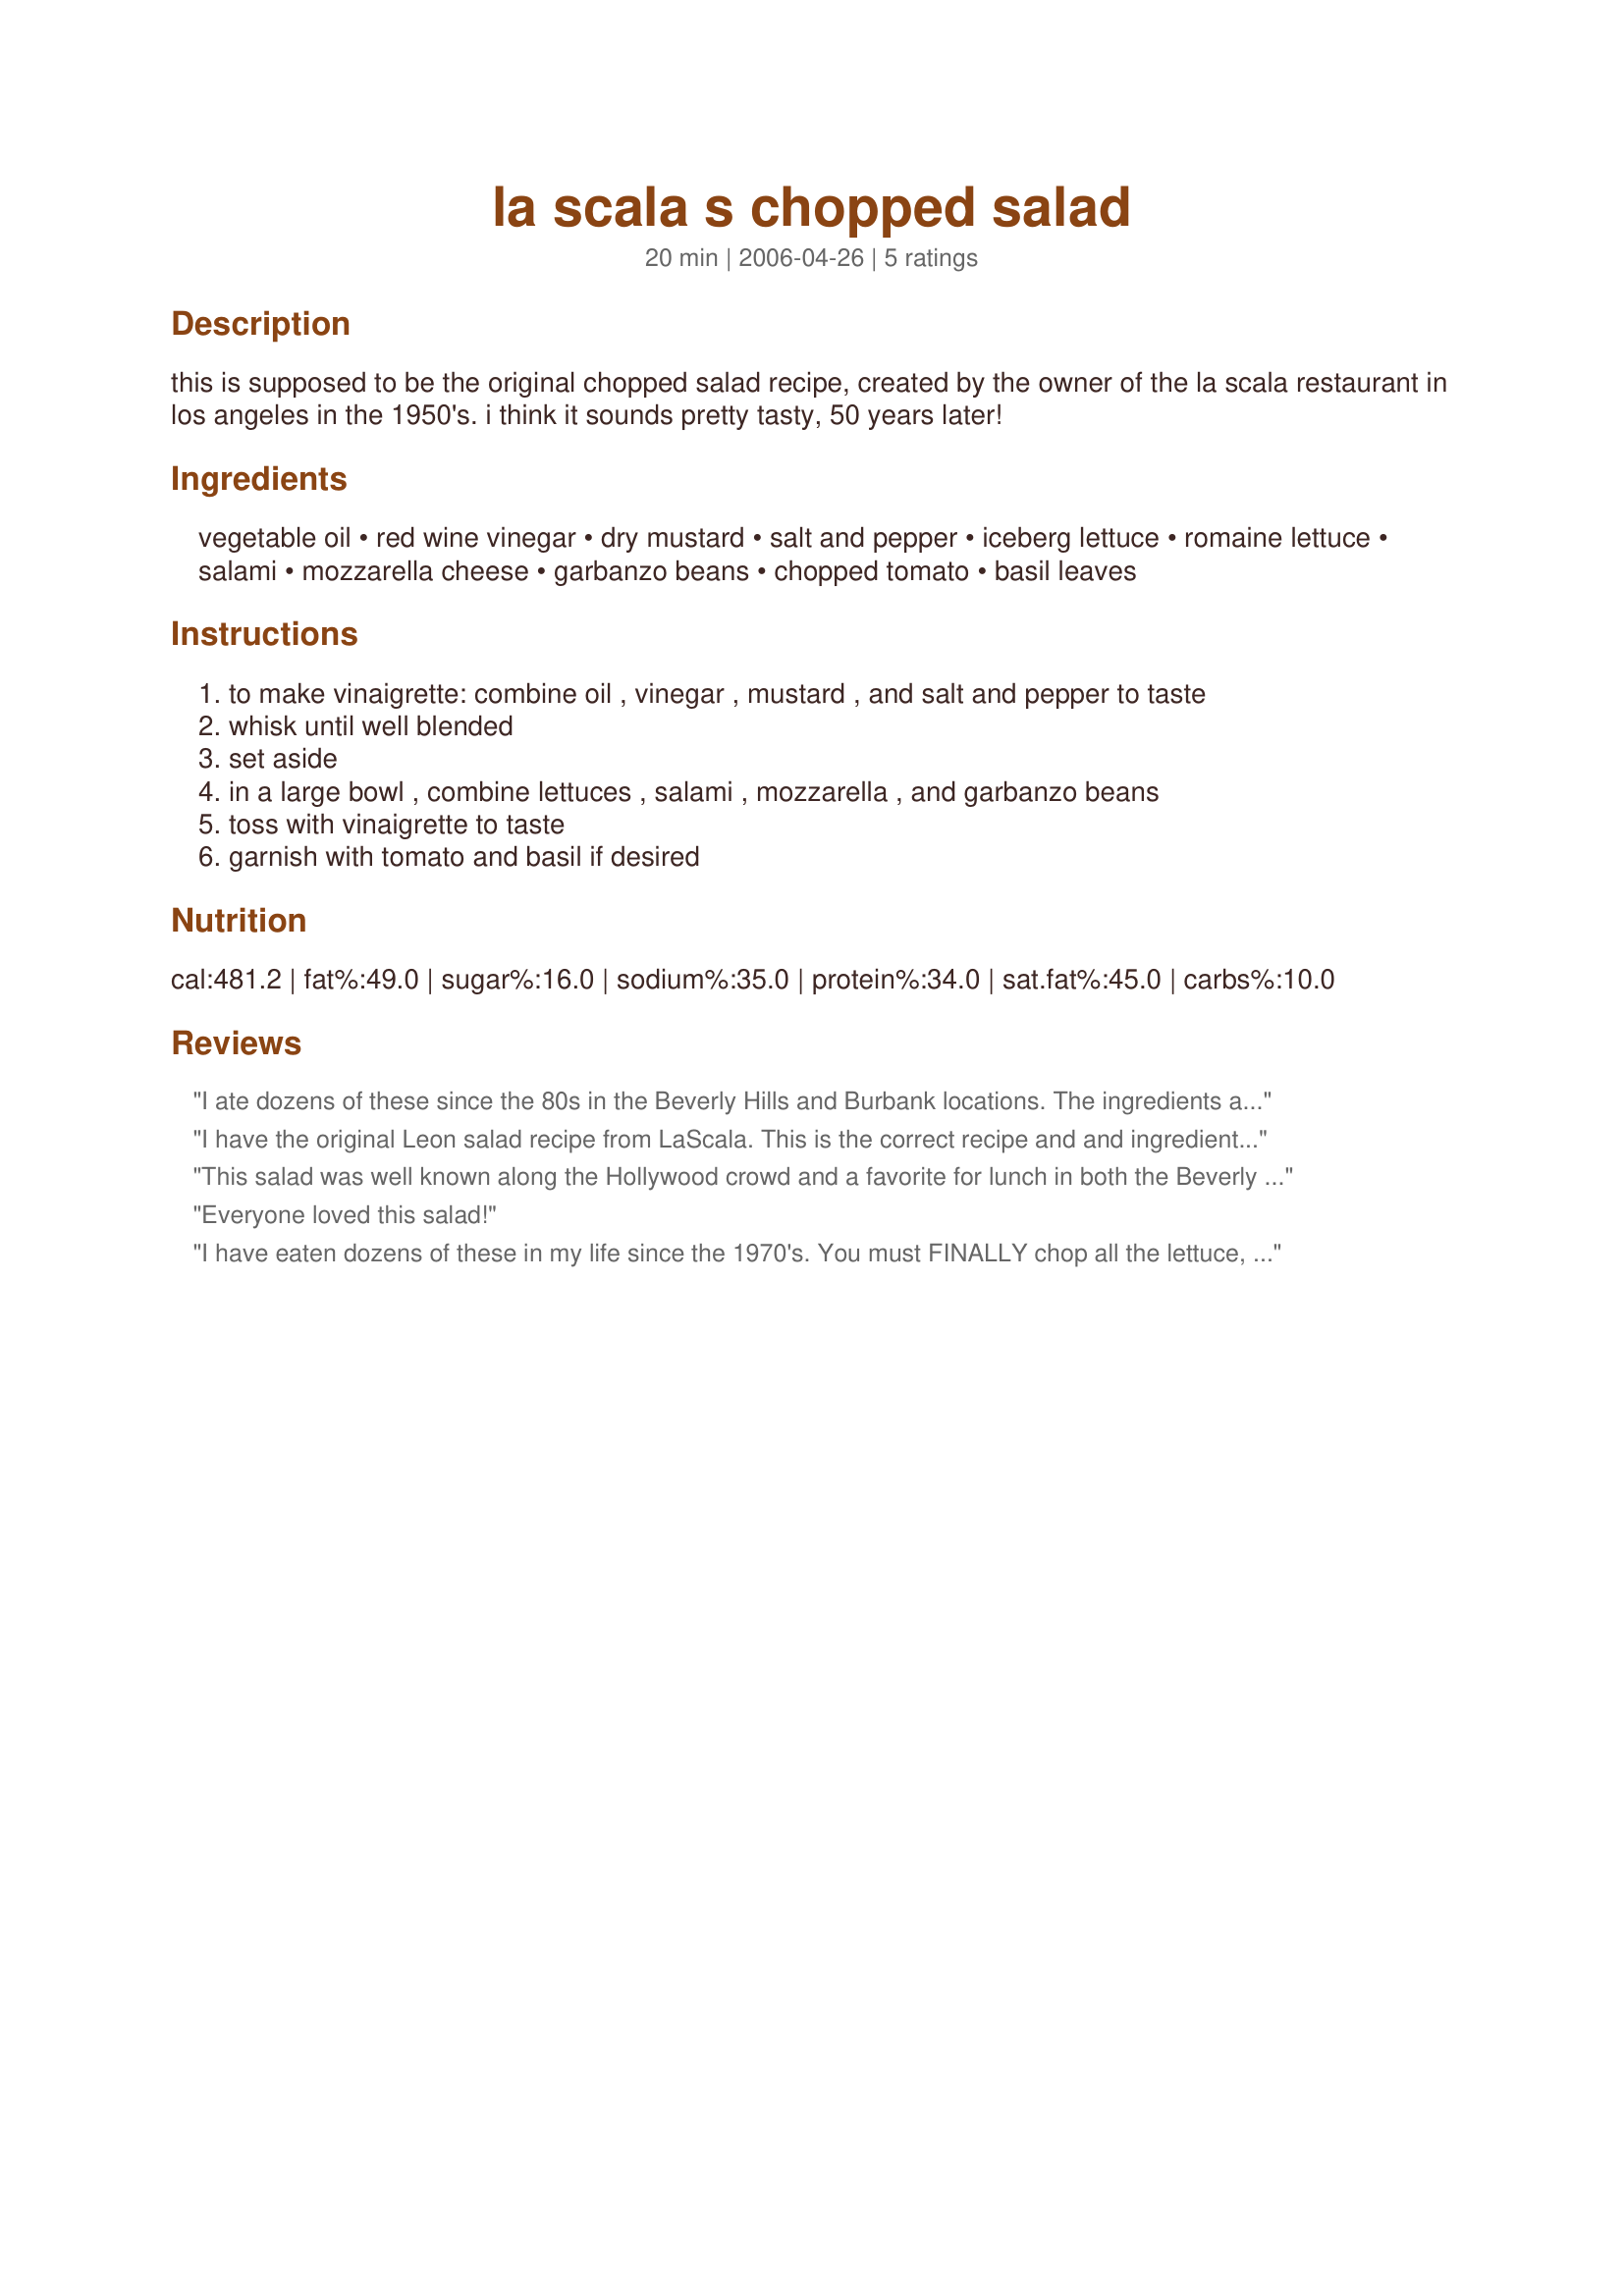
la scala s chopped salad
Preparation time: 20 minutes

this is supposed to be the original chopped salad recipe, created by the owner of the la scala restaurant in los angeles in the 1950's. i think it sounds pretty tasty, 50 years later!

Ingredients:
vegetable oil, red wine vinegar, dry mustard, salt and pepper, iceberg lettuce, romaine lettuce, salami, mozzarella cheese, garbanzo beans, chopped tomato, basil leaves

Steps:
to make vinaigrette: combine oil , vinegar , mustard , and salt and pepper to taste
whisk until well blended
set aside
in a large bowl , combine lettuces , salami , mozzarella , and garbanzo beans
toss with vinaigrette to taste
garnish with tomato and basil if desired

Reviews:
I ate dozens of these since the 80s in the Beverly Hills and Burbank locations. The ingredients are correct I suppose. I thought they only did iceberg but the main comment I wanted to make is that ALL ingredients must be FINELY CHOPPED. You should re-do the photo to reflect how the salad ought to look. It&#039;s important. Thanks.
I have the original Leon salad recipe from LaScala. This is the correct recipe and and ingredients. My recipe doesn't mention adding a chopped tomato, though. It does say you can add the chopped basil and is optional. I love it now as much as I ever have!! In fact I just served it recently at a luncheon and people loved it and several asked for the recipe!
This salad was well known along the Hollywood crowd and a favorite for lunch in both the Beverly Hills and Burbank locations. The LA Times published this years ago and this looks like the salad with the exception of the LA times stated it uses 1/2 Romaine 1/2 Iceberg. The dressing recipe called for EV Olive Oil. I&#039;ve never been able to get just right...but close.&lt;br/&gt;Please note the ingredients were chopped super fine! Enjoy - It&#039;s a classic that you will crave!
Everyone loved this salad!
I have eaten dozens of these in my life since the 1970's. You must FINALLY chop all the lettuce, that's why it's a chopped salad. Leaving the leaf's whole makes no sense. And they must be julienned very finely. The recipe is semi correct, but doesn't really taste like the real thing.
